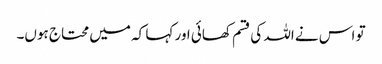
تو اس نے اللہ کی قسم کھائی اور کہا کہ میں محتاج ہوں۔